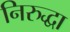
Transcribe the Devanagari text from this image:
निरुद्धा